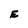
Character: E